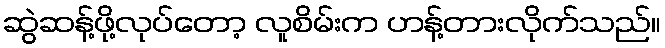
ဆွဲဆန့်ဖို့လုပ်တော့ လူစိမ်းက ဟန့်တားလိုက်သည်။